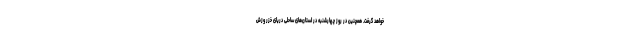
خواهد گرفت. همچنین در روز چهارشنبه در استان‌های ساحلی دریای خزر وزش